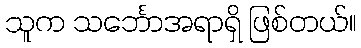
သူက သင်္ဘောအရာရှိ ဖြစ်တယ်။